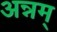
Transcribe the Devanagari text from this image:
अन्नम्